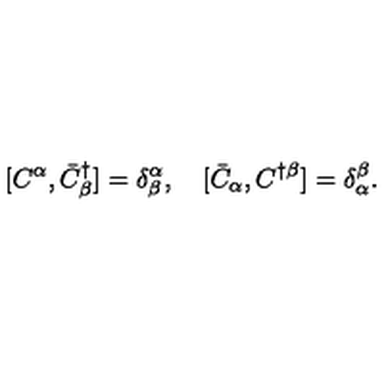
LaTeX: [ C ^ { \alpha } , \bar { C } _ { \beta } ^ { \dagger } ] = \delta _ { \beta } ^ { \alpha } , \quad [ \bar { C } _ { \alpha } , C ^ { \dagger \beta } ] = \delta _ { \alpha } ^ { \beta } .